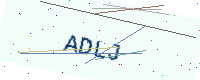
Text: ADLJ